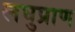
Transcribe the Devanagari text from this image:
लघुप्राण